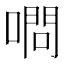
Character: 𠼋